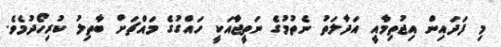
މި ފަދައިން އިޖުތިމާއީ އަދާލަތު ނެތުމުގެ ނަތީޖާއަކީ ހައްގުގެ މައްޗަށް ބާތިލު ކުރިހޯދުމެވެ.